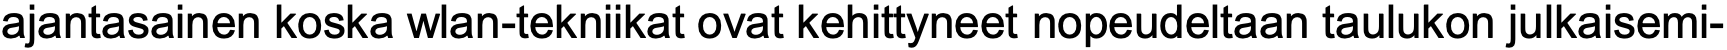
ajantasainen koska wlan-tekniikat ovat kehittyneet nopeudeltaan taulukon julkaisemi-